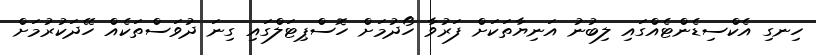
ހިނގި އެކްސިޑެންޓެއްގައި ލިބުނު އަނިޔާތަކަށް ފަރުވާ ހޯދުމަށް ހޮސްޕިޓަލްގައި ގިނަ ދުވަސްތަކެއް ހޭދަކުރުމަށް